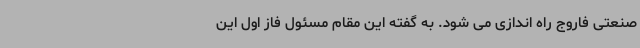
صنعتی فاروج راه اندازی می شود. به گفته این مقام مسئول فاز اول این